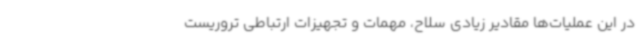
در این عملیات‌ها مقادیر زیادی سلاح، مهمات و تجهیزات ارتباطی تروریست